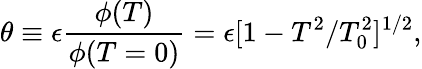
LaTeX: \theta\equiv\epsilon\frac{\phi(T)}{\phi(T=0)}=\epsilon[1-T^{2}/T_{0}^{2}]^{1/2},